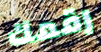
رقمك